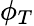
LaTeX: \phi_{T}